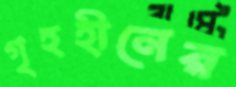
গৃহহীনের